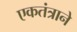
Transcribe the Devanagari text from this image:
एकतंत्राने